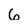
Character: 6